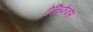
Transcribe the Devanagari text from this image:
हेलिफेक्स